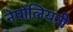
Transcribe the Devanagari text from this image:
नेपोलियनी